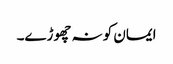
ایمان کو نہ چھوڑے۔